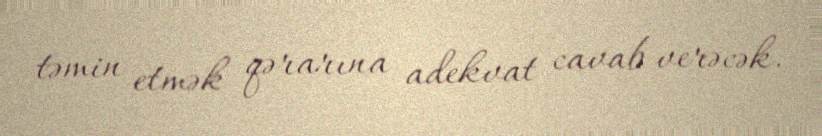
təmin etmək qərarına adekvat cavab verəcək.